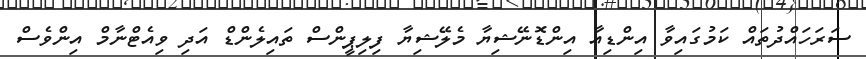
ސަަަރަހައްދުތައް ކަމުގައިވާ އިންޑިއާ އިންޑޮނޭޝިޔާ މެލޭޝިޔާ ފިލިޕީންސް ތައިލެންޑް އަދި ވިއެޓްނާމް އިންވެސް